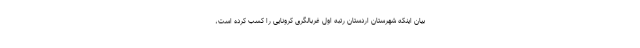
بیان اینکه شهرستان اردستان رتبه اول غربالگری کرونایی را کسب کرده است،